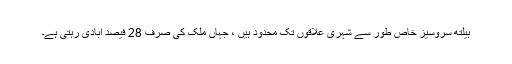
ہیلتھ سروسیز خاص طور سے شہری علاقوں تک محدود ہیں ، جہاں ملک کی صرف 28 فیصد آبادی رہتی ہے۔